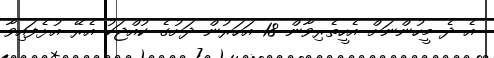
އެ ދެ މީހުންނަށް އެހީތެރިވާން 18 އަހަރުން ދަށުގެ ކުއްޖަކު އެރޭ އުޅެފައިވާ